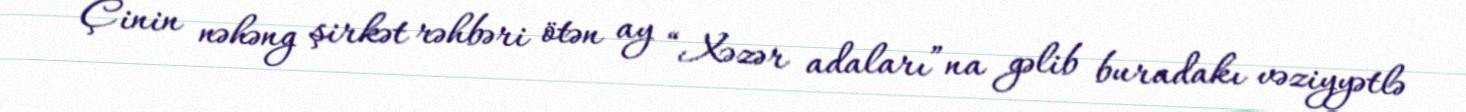
Çinin nəhəng şirkət rəhbəri ötən ay “Xəzər adaları”na gəlib buradakı vəziyyətlə